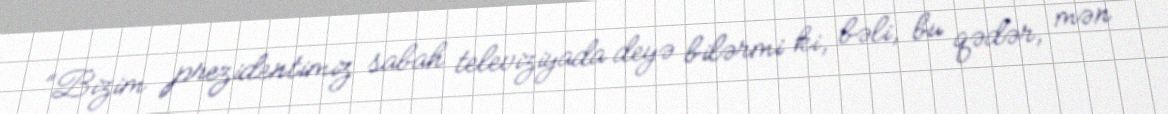
“Bizim prezidentimiz sabah televiziyada deyə bilərmi ki, bəli, bu qədər, mən